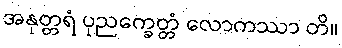
အနုတ္တရံ ပုညက္ခေတ္တံ လောကဿာ တိ။